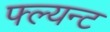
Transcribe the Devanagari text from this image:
फ्ल्यन्ट